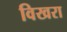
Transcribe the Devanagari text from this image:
विखरा